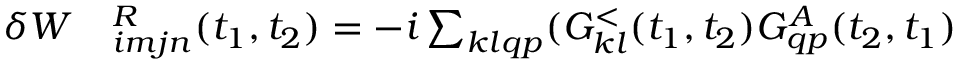
\begin{array} { r l } { \delta W } & { { } ^ R _ { i m j n } ( t _ { 1 } , t _ { 2 } ) = - i \sum _ { k l q p } ( G _ { k l } ^ { < } ( t _ { 1 } , t _ { 2 } ) G _ { q p } ^ { A } ( t _ { 2 } , t _ { 1 } ) } \end{array}